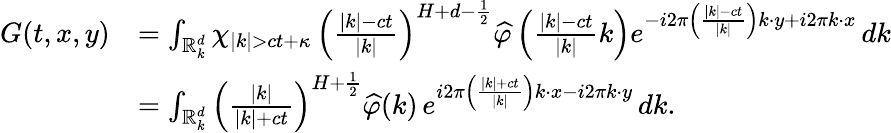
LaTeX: \begin{array}{rl}{G(t,x,y)}&{=\int_{\mathbb R_{k}^{d}}\chi_{|k|>ct+\kappa}\, \left(\frac{|k|-ct}{|k|}\right)^{H+d-\frac{1}{2}}\widehat{\varphi}\left(\frac{|k|-ct}{|k|}k\right)e^{-i2\pi\left(\frac{|k|-ct}{|k|}\right)k\cdot y+i2\pi k\cdot x}\, dk}\\ &{=\int_{\mathbb R_{k}^{d}}\left(\frac{|k|}{|k|+ct}\right)^{H+\frac{1}{2}}\widehat{\varphi}(k)\, e^{i2\pi\left(\frac{|k|+ct}{|k|}\right)k\cdot x-i2\pi k\cdot y}\, dk.}\end{array}